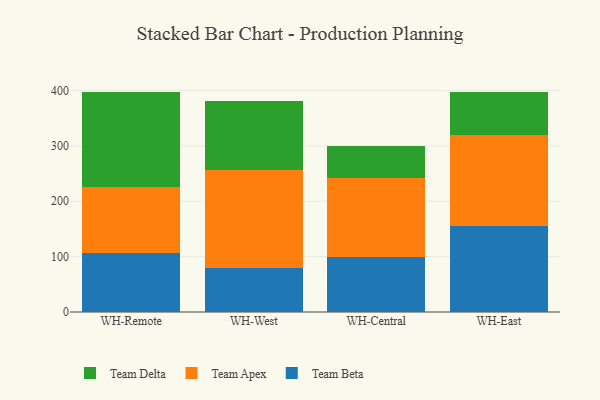
{"axis": {"x": "Warehouse", "y": "Demand Index"}, "legend": ["Team Apex", "Team Beta", "Team Delta"], "data": [{"x": "WH-Remote", "y": 105.8, "type": "Team Beta"}, {"x": "WH-Remote", "y": 120.3, "type": "Team Apex"}, {"x": "WH-Remote", "y": 172.0, "type": "Team Delta"}, {"x": "WH-West", "y": 78.9, "type": "Team Beta"}, {"x": "WH-West", "y": 178.4, "type": "Team Apex"}, {"x": "WH-West", "y": 124.7, "type": "Team Delta"}, {"x": "WH-Central", "y": 98.9, "type": "Team Beta"}, {"x": "WH-Central", "y": 142.6, "type": "Team Apex"}, {"x": "WH-Central", "y": 58.1, "type": "Team Delta"}, {"x": "WH-East", "y": 155.3, "type": "Team Beta"}, {"x": "WH-East", "y": 163.8, "type": "Team Apex"}, {"x": "WH-East", "y": 78.2, "type": "Team Delta"}]}